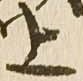
上